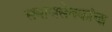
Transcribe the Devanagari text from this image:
समाजसेवकांचा